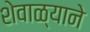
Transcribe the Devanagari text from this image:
शेवाळ्याने